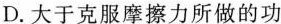
D.大于克服摩擦力所做的功